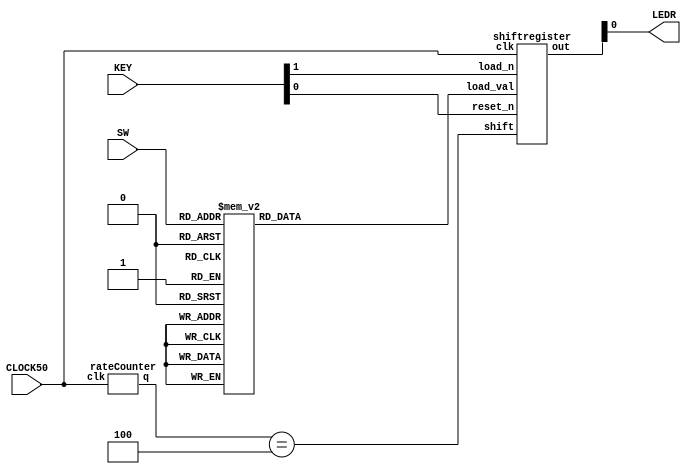
module morse(SW, KEY, CLOCK50, LEDR);
	input [2:0] SW;
	input [1:0] KEY;
	input CLOCK50;
	output [0:0] LEDR;

	reg [13:0] letter;

	always@(*)
	begin
		case(SW[2:0])
			3'b000: letter = 14'b10101000000000;
			3'b001: letter = 14'b11100000000000;
			3'b010: letter = 14'b10101110000000;
			3'b011: letter = 14'b10101011100000;
			3'b100: letter = 14'b10111011100000;
			3'b101: letter = 14'b11101010111000;
			3'b110: letter = 14'b11101011101110;
			3'b111: letter = 14'b11101110101000;
			default: letter = 14'b00000000000000;
		endcase
	end

	wire clk = CLOCK50;
	wire load_n = KEY[1];
	wire shift;
	wire reset_n = KEY[0];
	wire [24:0] timer;
	wire [13:0] out;

	rateCounter r0(.clk(CLOCK50), .q(timer));

	// assign shift = (timer == 25'b1011111010111100000111111);
	assign shift = (timer == 3'b100);


	shiftregister s0(.load_val(letter), .load_n(load_n), .shift(shift), .clk(CLOCK50), .reset_n(reset_n), .out(out));

	assign LEDR[0] = out[0];

endmodule

module rateCounter(clk, q);

	input clk;
	output reg [24:0] q = 0;

	always @(posedge clk)
	begin
		if (q == 0)
			begin
				// q <= 25'b1011111010111100000111111;
				q <= 3'b100;
			end
		else
			begin
				q <= q - 1'b1;
			end
	end

endmodule

module shiftregister(load_val, load_n, shift, clk, reset_n, out);

	input [13:0] load_val;
	input load_n;
	input shift;
	input clk;
	input reset_n;
	output [13:0] out;

	wire [13:0] Q;

	shifter s13(.in(1'b0), .load_val(load_val[13]), .load_n(load_n), .shift(shift), .clk(clk), .reset_n(reset_n), .out(Q[13]));
	shifter s12(.in(Q[13]), .load_val(load_val[12]), .load_n(load_n), .shift(shift), .clk(clk), .reset_n(reset_n), .out(Q[12]));
	shifter s11(.in(Q[12]), .load_val(load_val[11]), .load_n(load_n), .shift(shift), .clk(clk), .reset_n(reset_n), .out(Q[11]));
	shifter s10(.in(Q[11]), .load_val(load_val[10]), .load_n(load_n), .shift(shift), .clk(clk), .reset_n(reset_n), .out(Q[10]));
	shifter s9(.in(Q[10]), .load_val(load_val[9]), .load_n(load_n), .shift(shift), .clk(clk), .reset_n(reset_n), .out(Q[9]));
	shifter s8(.in(Q[9]), .load_val(load_val[8]), .load_n(load_n), .shift(shift), .clk(clk), .reset_n(reset_n), .out(Q[8]));
	shifter s7(.in(Q[8]), .load_val(load_val[7]), .load_n(load_n), .shift(shift), .clk(clk), .reset_n(reset_n), .out(Q[7]));
	shifter s6(.in(Q[7]), .load_val(load_val[6]), .load_n(load_n), .shift(shift), .clk(clk), .reset_n(reset_n), .out(Q[6]));
	shifter s5(.in(Q[6]), .load_val(load_val[5]), .load_n(load_n), .shift(shift), .clk(clk), .reset_n(reset_n), .out(Q[5]));
	shifter s4(.in(Q[5]), .load_val(load_val[4]), .load_n(load_n), .shift(shift), .clk(clk), .reset_n(reset_n), .out(Q[4]));
	shifter s3(.in(Q[4]), .load_val(load_val[3]), .load_n(load_n), .shift(shift), .clk(clk), .reset_n(reset_n), .out(Q[3]));
	shifter s2(.in(Q[3]), .load_val(load_val[2]), .load_n(load_n), .shift(shift), .clk(clk), .reset_n(reset_n), .out(Q[2]));
	shifter s1(.in(Q[2]), .load_val(load_val[1]), .load_n(load_n), .shift(shift), .clk(clk), .reset_n(reset_n), .out(Q[1]));
	shifter s0(.in(Q[1]), .load_val(load_val[0]), .load_n(load_n), .shift(shift), .clk(clk), .reset_n(reset_n), .out(Q[0]));

	assign out = Q[13:0];

endmodule

module shifter(in, load_val, load_n, shift, clk, reset_n, out);
	input in;
	input load_val;
	input load_n;
	input shift;
	input clk;
	input reset_n;
	output out;

	wire m0_output;
	wire m1_output;

	mux2to1 m0(.x(out), .y(in), .s(shift), .m(m0_output));

	mux2to1 m1(.x(load_val), .y(m0_output), .s(load_n), .m(m1_output));

	flipflop f0(.d(m1_output), .q(out), .clk(clk), .reset_n(reset_n));

endmodule

module flipflop(d, q, clk, reset_n);
	input d;
	input clk;
	input reset_n;
	output q;
	reg q;

	always@(posedge clk)
	begin
		if (reset_n == 1'b0)
			q <= 0;
		else
			q <= d;
	end

endmodule
	

module mux2to1(x, y, s, m);
	input x; //selected when s is 0
	input y; //selected when s is 1
	input s; //select signal
	output m; //output
  
 	assign m = s & y | ~s & x;

endmodule